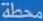
محطة